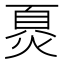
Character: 𬊪